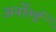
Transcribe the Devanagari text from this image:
अर्नोर्ल्ड